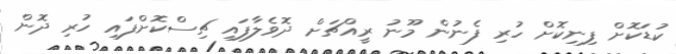
ކުޑަކޮށް ފިނިކޮށް ހުރި ފެނުން މޫނު ރީއްޗަށް ދޮވެލާފައި ޗިސްކޮށްފައި ހުރި ދޮން